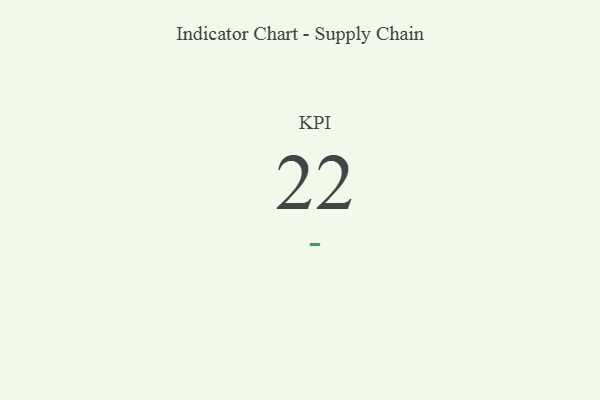
{"axis": {"x": "KPI", "y": "Value"}, "legend": [""], "data": [{"x": "KPI", "y": 22, "type": ""}]}